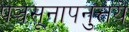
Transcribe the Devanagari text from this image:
पञ्चसूनापनुत्तये